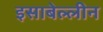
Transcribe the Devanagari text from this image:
इसाबेल्लीन